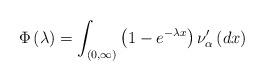
LaTeX: \begin{align*}\Phi \left( \lambda \right) =\int_{\left( 0,\infty \right) }\left(1-e^{-\lambda x}\right) \nu _{\alpha }^{\prime }\left( dx\right) \end{align*}